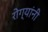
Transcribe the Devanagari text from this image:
रोग्यांनी